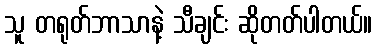
သူ တရုတ်ဘာသာနဲ့ သီချင်း ဆိုတတ်ပါတယ်။